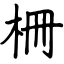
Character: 柵